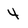
Character: 4